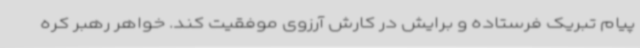
پیام تبریک فرستاده و برایش در کارش آرزوی موفقیت کند. خواهر رهبر کره